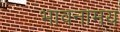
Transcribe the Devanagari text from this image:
भावनामय